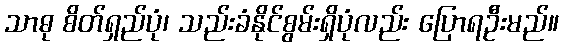
သာဓု စိတ်ရှည်ပုံ၊ သည်းခံနိုင်စွမ်းရှိပုံလည်း ပြောရဦးမည်။